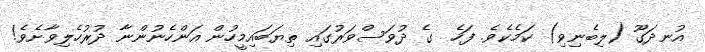
އުނދަގޫ (ލިބެނިވި) ކަމެކެވެ. ފަހެ  ގެ ދުވަސްވަރުގައި ތިޔަބައިމީހުން އަންހެނުންނާ ދުރުހެލިވާށެވެ!